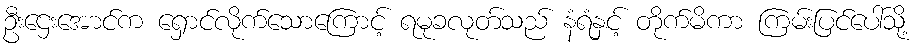
ဦးဌေးအောင်က ရှောင်လိုက်သောကြောင့် ရမုခလုတ်သည် နံရံနှင့် တိုက်မိကာ ကြမ်းပြင်ပေါ်သို့